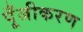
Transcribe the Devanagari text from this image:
पूँजीकरण